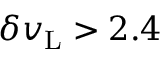
\delta v _ { \mathrm { L } } > 2 . 4